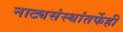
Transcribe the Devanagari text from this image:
नाट्यसंस्थांतर्फेही